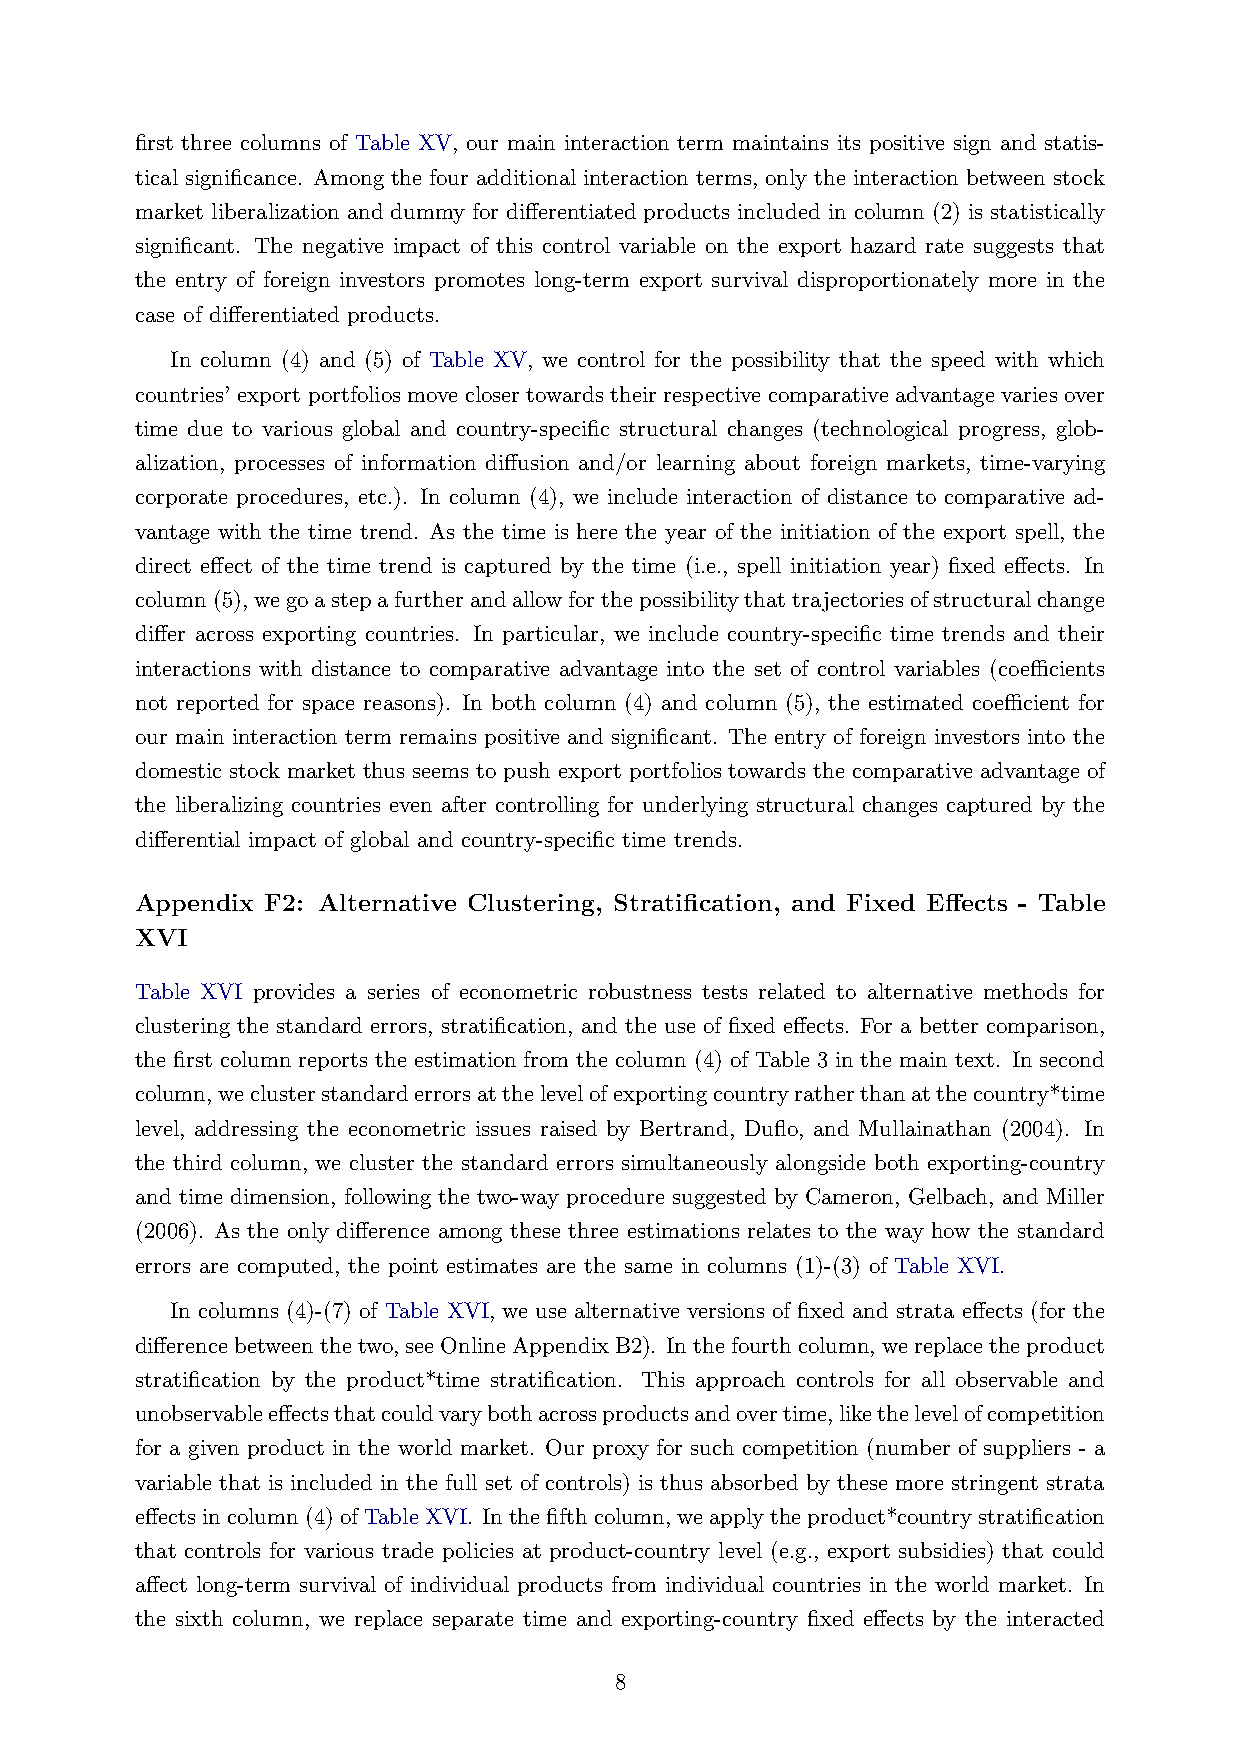
first three columns of Table XV, our main interaction term maintains its positive sign and statis-
 tical significance. Among the four additional interaction terms, only the interaction between stock
 market liberalization and dummy for differentiated products included in column (2) is statistically
 significant. The negative impact of this control variable on the export hazard rate suggests that
 the entry of foreign investors promotes long-term export survival disproportionately more in the
 case of differentiated products.
 In column (4) and (5) of Table XV, we control for the possibility that the speed with which
 countries’ export portfolios move closer towards their respective comparative advantage varies over
 time due to various global and country-specific structural changes (technological progress, glob-
 alization, processes of information diffusion and/or learning about foreign markets, time-varying
 corporate procedures, etc.). In column (4), we include interaction of distance to comparative ad-
 vantage with the time trend. As the time is here the year of the initiation of the export spell, the
 direct effect of the time trend is captured by the time (i.e., spell initiation year) fixed effects. In
 column(5),wegoastepafurtherandallowforthepossibilitythattrajectoriesofstructuralchange
 differ across exporting countries. In particular, we include country-specific time trends and their
 interactions with distance to comparative advantage into the set of control variables (coefficients
 not reported for space reasons). In both column (4) and column (5), the estimated coefficient for
 our main interaction term remains positive and significant. The entry of foreign investors into the
 domestic stock market thus seems to push export portfolios towards the comparative advantage of
 the liberalizing countries even after controlling for underlying structural changes captured by the
 differential impact of global and country-specific time trends.
 Appendix F2: Alternative Clustering, Stratification, and Fixed Effects - Table
 XVI
 Table XVI provides a series of econometric robustness tests related to alternative methods for
 clustering the standard errors, stratification, and the use of fixed effects. For a better comparison,
 the first column reports the estimation from the column (4) of Table 3 in the main text. In second
 column,weclusterstandarderrorsatthelevelofexportingcountryratherthanatthecountry*time
 level, addressing the econometric issues raised by Bertrand, Duflo, and Mullainathan (2004). In
 the third column, we cluster the standard errors simultaneously alongside both exporting-country
 and time dimension, following the two-way procedure suggested by Cameron, Gelbach, and Miller
 (2006). As the only difference among these three estimations relates to the way how the standard
 errors are computed, the point estimates are the same in columns (1)-(3) of Table XVI.
 In columns (4)-(7) of Table XVI, we use alternative versions of fixed and strata effects (for the
 differencebetweenthetwo,seeOnlineAppendixB2). Inthefourthcolumn,wereplacetheproduct
 stratification by the product*time stratification. This approach controls for all observable and
 unobservableeffectsthatcouldvarybothacrossproductsandovertime,likethelevelofcompetition
 for a given product in the world market. Our proxy for such competition (number of suppliers - a
 variable that is included in the full set of controls) is thus absorbed by these more stringent strata
 effectsincolumn(4)ofTableXVI. Inthefifthcolumn,weapplytheproduct*countrystratification
 that controls for various trade policies at product-country level (e.g., export subsidies) that could
 affect long-term survival of individual products from individual countries in the world market. In
 the sixth column, we replace separate time and exporting-country fixed effects by the interacted
 8